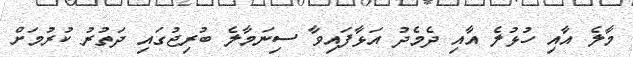
މާލެ އާއި ހުޅުލެ އާއި ދެމެދު އަޅާފައިވާ ސިނަމާލެ ބުރިޖުގައި ދަތުރު ކުރުމަށް